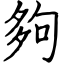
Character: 夠